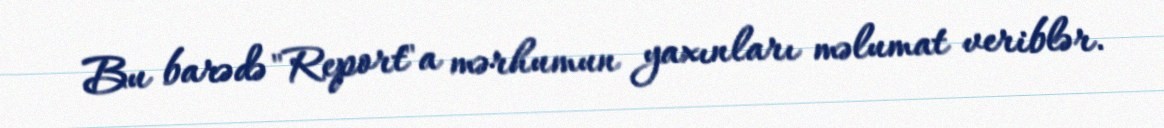
Bu barədə "Report"a mərhumun yaxınları məlumat veriblər.